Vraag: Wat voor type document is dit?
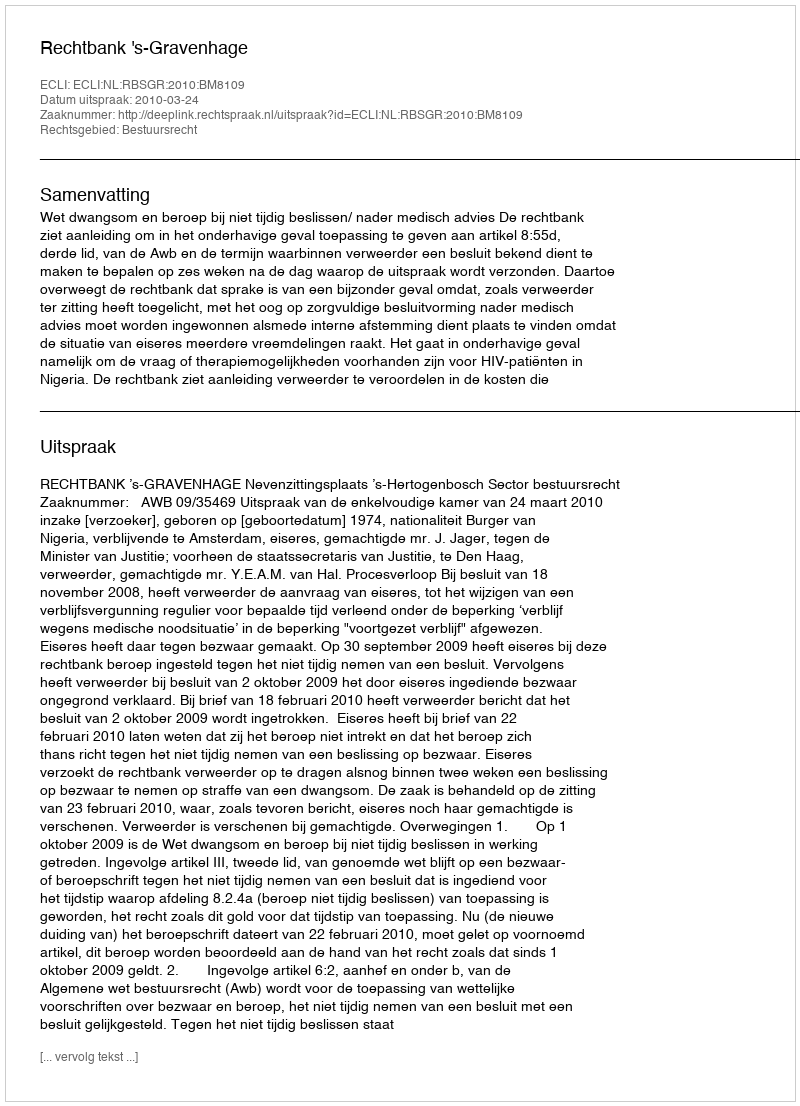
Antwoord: Uitspraak